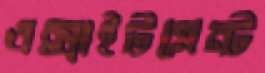
এক্সাইটমেন্ট